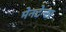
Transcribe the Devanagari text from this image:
मेनटेन्स